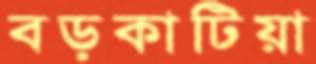
বড়কাটিয়া